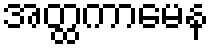
အတ္ထကာမေန